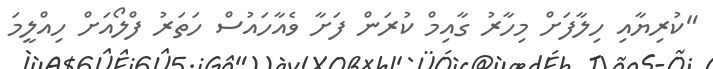
"ކުރިޔާއި ހިލާފަށް މިހާރު ގާއިމް ކުރަން ފަށާ ވެއާހައުސް ހަތަރު ފްލޯއަށް ހިއްލީމަ